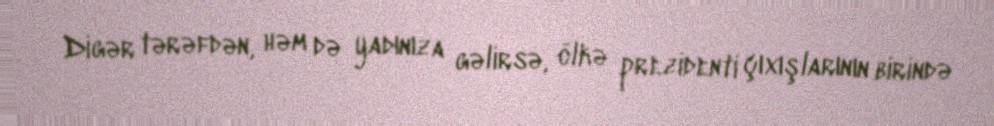
Digər tərəfdən, həm də yadınıza gəlirsə, ölkə prezidenti çıxışlarının birində